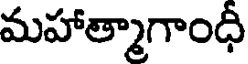
మహాత్మాగాంధీ